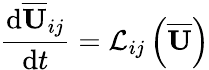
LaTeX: \frac{\mathrm{d}\overline{{\mathbf{U}}}_{ij}}{\mathrm{d}t}=\mathcal{L}_{ij}\left(\overline{{\mathbf{U}}}\right)